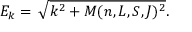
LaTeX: E _ { k } = \, \sqrt { k ^ { 2 } + M ( n , L , S , J ) ^ { 2 } } .